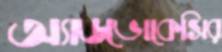
অ্যাডভোকেসির